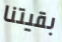
بقيتنا